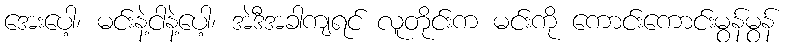
အေးပေါ့၊ မင်းနဲ့ငါနဲ့ပေါ့၊ အဲဒီအခါကျရင် လူတိုင်းက မင်းကို ကောင်းကောင်းမွန်မွန်